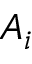
A _ { i }